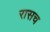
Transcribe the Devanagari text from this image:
रासच